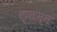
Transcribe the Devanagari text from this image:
क्लम्स